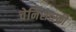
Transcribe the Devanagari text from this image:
चेर्निशेव्स्की